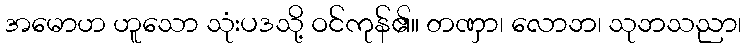
အမောဟ ဟူသော သုံးပဒသို့ ဝင်ကုန်၏။ တဏှာ၊ လောဘ၊ သုဘသညာ၊